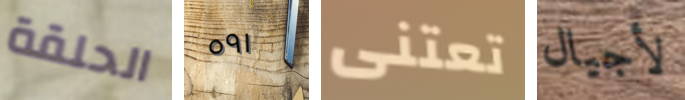
الحلقة ٥٩١ تعتنى لأجيال